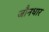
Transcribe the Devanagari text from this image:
जौनधार